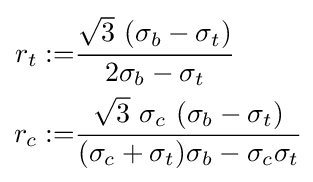
{\begin{aligned}r_{t}:=&{\cfrac {{\sqrt {3}}~(\sigma _{b}-\sigma _{t})}{2\sigma _{b}-\sigma _{t}}}\\r_{c}:=&{\cfrac {{\sqrt {3}}~\sigma _{c}~(\sigma _{b}-\sigma _{t})}{(\sigma _{c}+\sigma _{t})\sigma _{b}-\sigma _{c}\sigma _{t}}}\end{aligned}}